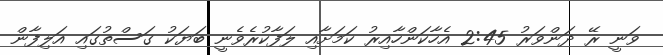
ވަނީ ރޭ ދަންވަރު 2:45 އެހާކަންހާއިރު ކަމަށާއި ލަފާކުރެވެނީ ބަޔަކު ގަސްތުގައި އަލިފާން